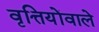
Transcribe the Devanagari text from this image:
वृत्तियोंवाले